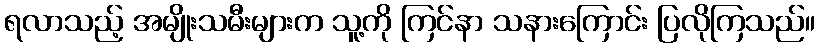
ရလာသည့် အမျိုးသမီးများက သူ့ကို ကြင်နာ သနားကြောင်း ပြလိုကြသည်။